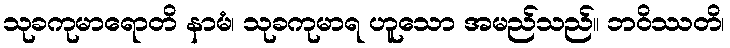
သုခကုမာရောတိ နာမံ၊ သုခကုမာရ ဟူသော အမည်သည်။ ဘဝိဿတိ၊